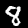
Digit: 8